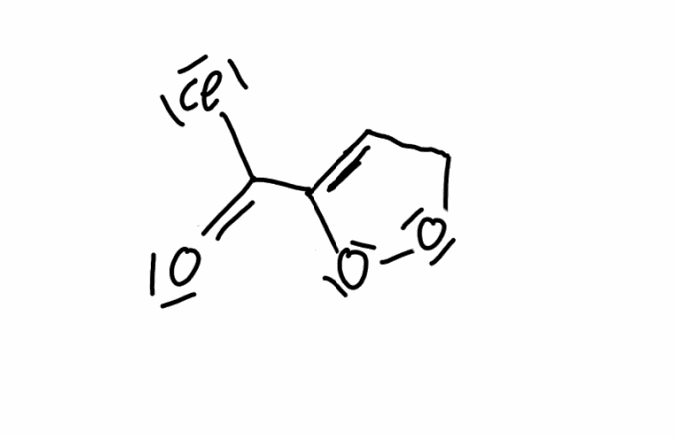
Simplified molecular-input line-entry system (SMILES) notation of the given molecule:
C1C=C(OO1)C(=O)Cl